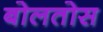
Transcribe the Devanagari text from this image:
बोलतोस